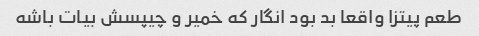
طعم پیتزا واقعا بد بود انگار که خمیر و چیپسش بیات باشه